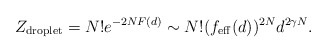
\begin{align*}Z_{\rm droplet} = N! e^{-2 N F(d)} \sim N! (f_{\rm eff}(d))^{2N} d^{2\gamma N}.\end{align*}